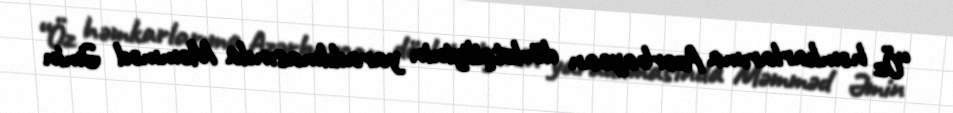
“Öz həmkarlarıma Azərbaycan dövlətçiliyinin yaradılmasında Məmməd Əmin